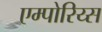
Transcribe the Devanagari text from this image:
एम्पोरिय्स